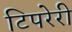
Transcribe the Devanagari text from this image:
टिपरेरी